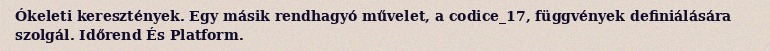
Ókeleti keresztények. Egy másik rendhagyó művelet, a codice_17, függvények definiálására szolgál. Időrend És Platform.